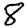
Digit: 8